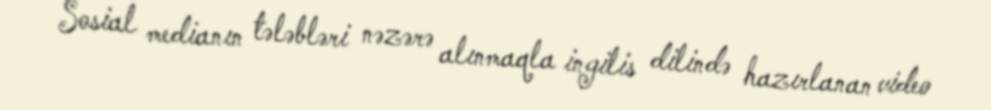
Sosial medianın tələbləri nəzərə alınmaqla ingilis dilində hazırlanan video